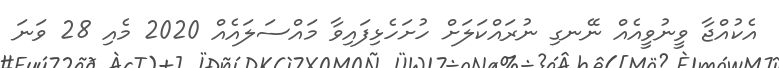
އެކުއްޖާ ވީނުވީއެއް ނޭނގި ނުރައްކަލަށް ހުށަހެޅިފައިވާ މައްސަލައެއް 2020 މެއި 28 ވަނަ